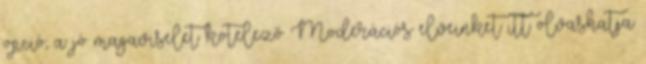
opció, a jó magaviselet kötelező Moderációs elveinket itt olvashatja